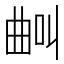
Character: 𣌺